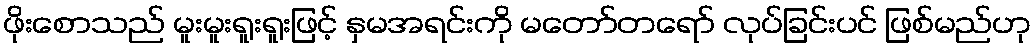
ဖိုးစောသည် မူးမူးရူးရူးဖြင့် နှမအရင်းကို မတော်တရော် လုပ်ခြင်းပင် ဖြစ်မည်ဟု